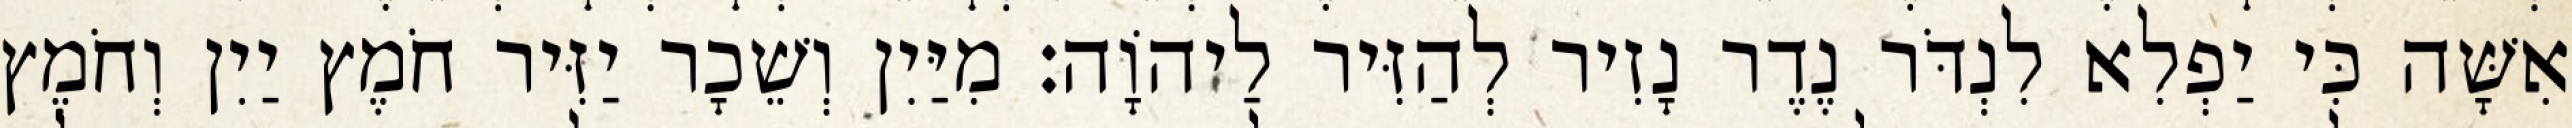
אִשָּׁה כִּי יַפְלִא לִנְדֹּר נֶדֶר נָזִיר לְהַזִּיר לַיהוָֹה׃ מִיַּיִן וְשֵׁכָר יַזִּיר חֹמֶץ יַיִן וְחֹמֶץ